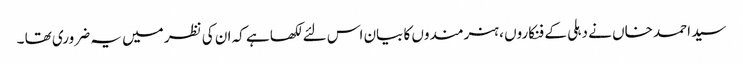
سید احمد خاں نے دہلی کے فنکاروں ، ہنرمندوں کا بیان اس لئے لکھا ہے کہ ان کی نظر میں یہ ضروری تھا ۔